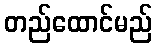
တည်ထောင်မည်